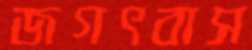
জগৎবাস